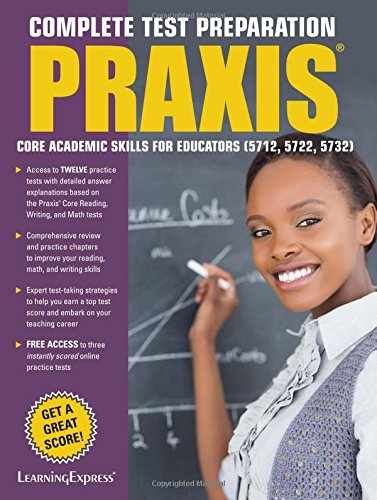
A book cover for Praxis: Core Academic Skills for Educators: (5712, 5722, 5732); LLC LearningExpress; Test Preparation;